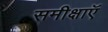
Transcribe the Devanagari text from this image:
समीक्षाऍ